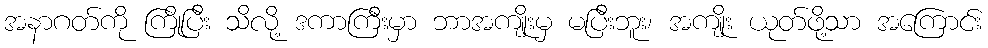
အနာဂတ်ကို ကြိုပြီး သိလို့ ဒကာကြီးမှာ ဘာအကျိုးမှ မပြီးဘူး၊ အကျိုး ယုတ်ဖို့သာ အကြောင်း